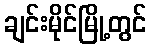
ချင်းမိုင်မြို့တွင်